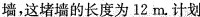
墙，这堵墙的长度为12m。计划